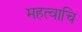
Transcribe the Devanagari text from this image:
महत्वाचि